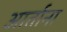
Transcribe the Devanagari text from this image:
आर्तांना